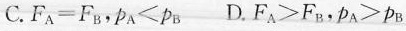
C.$$F _ { A } = F _ { B }$$，$$p _ { A } ＜ p _ { B }$$ D.$$F _ { A } ＞ F _ { B }$$，$$p _ { A } ＞ p _ { B }$$